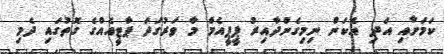
ކަމަށާއި އަދި އެކަން ނިމިގެންދާއިރު ޕީޕީއެމް މާ ވަރުގަދަ ޕާޓީއެއްގެ ގޮތުގައި ދެމި